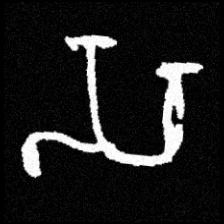
Pyu character \u2014 Myanmar letter: သ (romanized: sa)